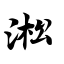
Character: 淞